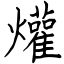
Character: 爟